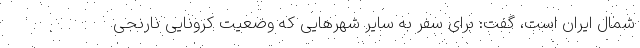
شمال ایران است، گفت: برای سفر به سایر شهرهایی که وضعیت کرونایی نارنجی